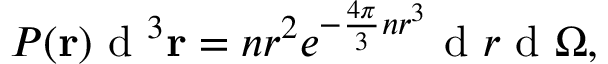
P ( { \bf r } ) \ensuremath { \mathrm { ~ d ~ } } ^ { 3 } { \bf r } = n r ^ { 2 } e ^ { - \frac { 4 \pi } { 3 } n r ^ { 3 } } \ensuremath { \mathrm { ~ d ~ } } r \ensuremath { \mathrm { ~ d ~ } } \Omega ,